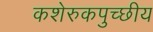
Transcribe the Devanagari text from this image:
कशेरुकपुच्छीय